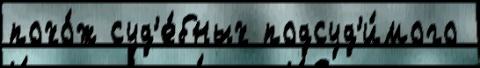
похо́ж суд'е́бных подсуд'и́мого